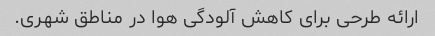
ارائه طرحی برای کاهش آلودگی هوا در مناطق شهری.